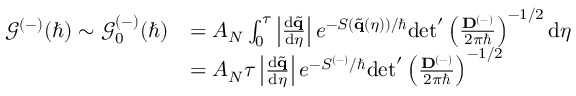
\begin{array} { r l } { \mathcal { G } ^ { ( - ) } ( \hbar ) \sim \mathcal { G } _ { 0 } ^ { ( - ) } ( \hbar ) } & { = A _ { N } \int _ { 0 } ^ { \tau } \left| \frac { \mathrm { d } \tilde { \mathbf { q } } } { \mathrm { d } \eta } \right| e ^ { - S ( \tilde { \mathbf { q } } ( \eta ) ) / \hbar } \mathrm { d e t } ^ { \prime } \left( \frac { \mathbf { D } ^ { ( - ) } } { 2 \pi \hbar } \right) ^ { - 1 / 2 } \mathrm { d } \eta } \\ & { = A _ { N } \tau \left| \frac { \mathrm { d } \tilde { \mathbf { q } } } { \mathrm { d } \eta } \right| e ^ { - S ^ { ( - ) } / \hbar } \mathrm { d e t } ^ { \prime } \left( \frac { \mathbf { D } ^ { ( - ) } } { 2 \pi \hbar } \right) ^ { - 1 / 2 } } \end{array}